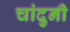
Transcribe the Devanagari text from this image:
चांदुनी